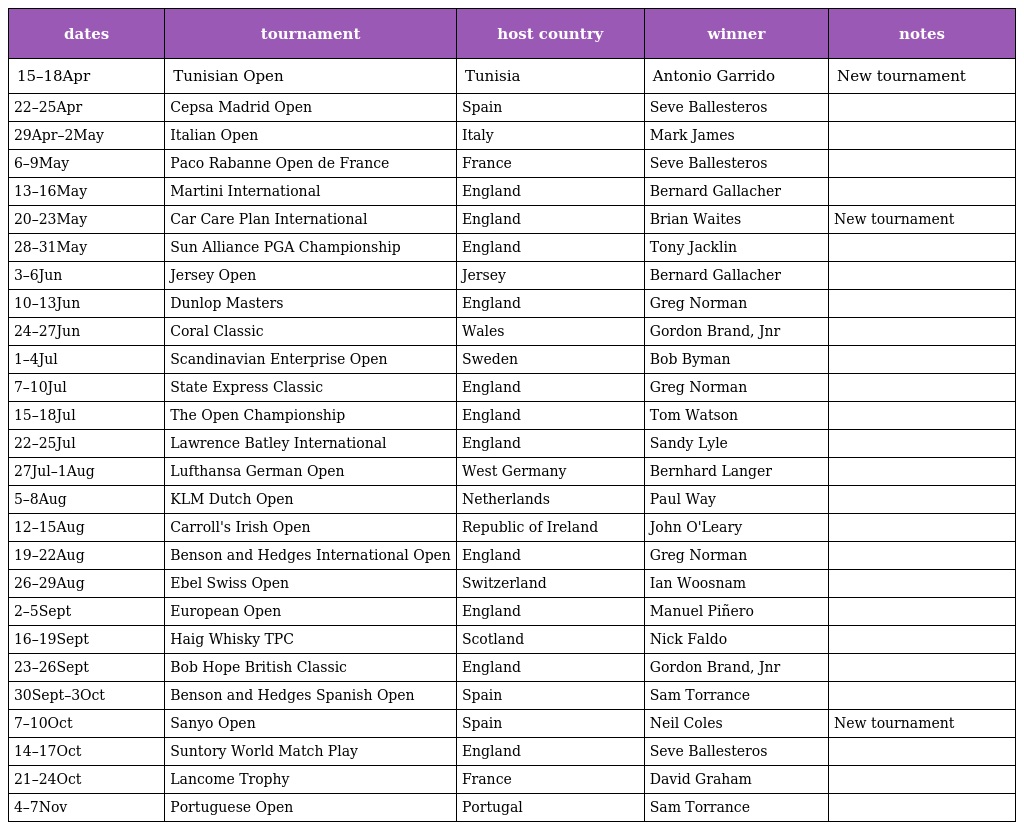
| dates | tournament | host country | winner | notes |
 | --- | --- | --- | --- | --- |
 | 15–18Apr | Tunisian Open | Tunisia | Antonio Garrido | New tournament |
 | 22–25Apr | Cepsa Madrid Open | Spain | Seve Ballesteros |  |
 | 29Apr–2May | Italian Open | Italy | Mark James |  |
 | 6–9May | Paco Rabanne Open de France | France | Seve Ballesteros |  |
 | 13–16May | Martini International | England | Bernard Gallacher |  |
 | 20–23May | Car Care Plan International | England | Brian Waites | New tournament |
 | 28–31May | Sun Alliance PGA Championship | England | Tony Jacklin |  |
 | 3–6Jun | Jersey Open | Jersey | Bernard Gallacher |  |
 | 10–13Jun | Dunlop Masters | England | Greg Norman |  |
 | 24–27Jun | Coral Classic | Wales | Gordon Brand, Jnr |  |
 | 1–4Jul | Scandinavian Enterprise Open | Sweden | Bob Byman |  |
 | 7–10Jul | State Express Classic | England | Greg Norman |  |
 | 15–18Jul | The Open Championship | England | Tom Watson |  |
 | 22–25Jul | Lawrence Batley International | England | Sandy Lyle |  |
 | 27Jul–1Aug | Lufthansa German Open | West Germany | Bernhard Langer |  |
 | 5–8Aug | KLM Dutch Open | Netherlands | Paul Way |  |
 | 12–15Aug | Carroll's Irish Open | Republic of Ireland | John O'Leary |  |
 | 19–22Aug | Benson and Hedges International Open | England | Greg Norman |  |
 | 26–29Aug | Ebel Swiss Open | Switzerland | Ian Woosnam |  |
 | 2–5Sept | European Open | England | Manuel Piñero |  |
 | 16–19Sept | Haig Whisky TPC | Scotland | Nick Faldo |  |
 | 23–26Sept | Bob Hope British Classic | England | Gordon Brand, Jnr |  |
 | 30Sept–3Oct | Benson and Hedges Spanish Open | Spain | Sam Torrance |  |
 | 7–10Oct | Sanyo Open | Spain | Neil Coles | New tournament |
 | 14–17Oct | Suntory World Match Play | England | Seve Ballesteros |  |
 | 21–24Oct | Lancome Trophy | France | David Graham |  |
 | 4–7Nov | Portuguese Open | Portugal | Sam Torrance |  |